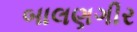
બાલણગીર